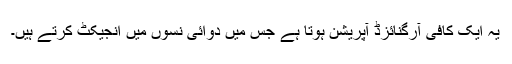
یہ ایک کافی آرگنائزڈ آپریشن ہوتا ہے جس میں دوائی نسوں میں انجیکٹ کرتے ہیں۔